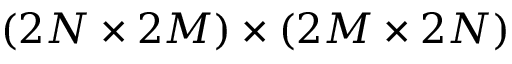
( 2 N \times 2 M ) \times ( 2 M \times 2 N )